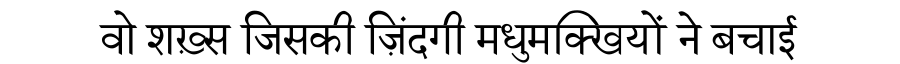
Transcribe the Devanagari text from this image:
वो शख़्स जिसकी ज़िंदगी मधुमक्खियों ने बचाई